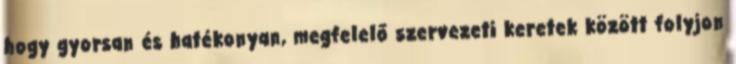
hogy gyorsan és hatékonyan, megfelelő szervezeti keretek között folyjon